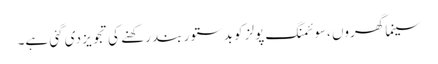
سینما گھروں ،سوئمنگ پولز کو بدستور بند رکھنے کی تجویز دی گئی ہے۔